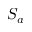
S _ { a }